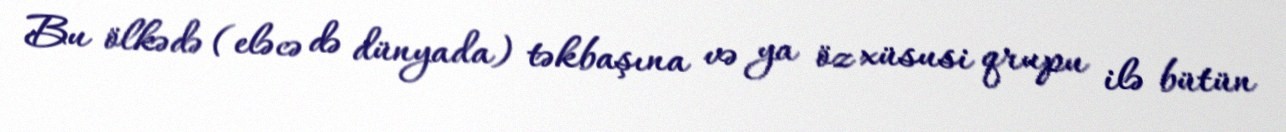
Bu ölkədə (eləcə də dünyada) təkbaşına və ya öz xüsusi qrupu ilə bütün